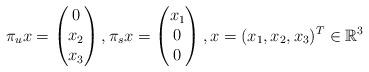
LaTeX: \begin{align*} \pi_u x = \begin{pmatrix} 0 \\ x_2 \\ x_3 \end{pmatrix}, \pi_s x = \begin{pmatrix} x_1 \\ 0 \\0 \end{pmatrix}, x = (x_1,x_2,x_3)^T \in \mathbb{R}^3\end{align*}